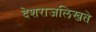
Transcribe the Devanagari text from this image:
देशराजलिखते